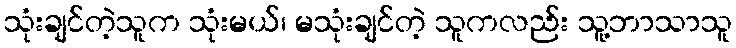
သုံးချင်တဲ့သူက သုံးမယ်၊ မသုံးချင်တဲ့ သူကလည်း သူ့ဘာသာသူ